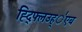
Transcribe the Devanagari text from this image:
ह्द्फ्लिउह्॑एब